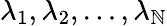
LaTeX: \lambda_{1},\lambda_{2},\ldots,\lambda_{\mathbb{N}}